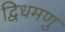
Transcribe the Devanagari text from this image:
द्विधमणु